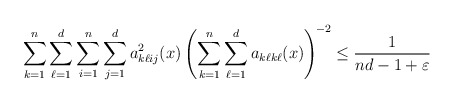
\begin{align*} \sum_{k=1}^{n}\sum_{\ell=1}^{d}\sum_{i=1}^{n}\sum_{j=1}^{d}a_{k\ell ij}^2(x)\left(\sum_{k=1}^{n}\sum_{\ell=1}^{d}a_{k\ell k\ell}(x)\right)^{\!-2}\leq \frac{1}{nd-1+\varepsilon}\end{align*}